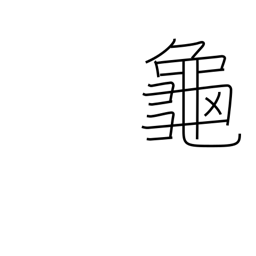
Meaning: turtle